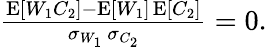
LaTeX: \begin{array}{r}{\frac{\operatorname{E}[W_{1}C_{2}]-\operatorname{E}[W_{1}]\operatorname{E}[C_{2}]}{\sigma_{W_{1}}\, \sigma_{C_{2}}}=0.}\end{array}